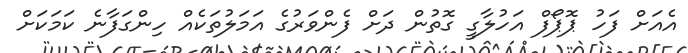
އެއަށް ފަހު ޕޮޕޯފް އަހުލާގީ ގޮތުން ދަށް ފެންވަރުގެ އަމަލުތަކެއް ހިންގަފާނެ ކަމަކަށް